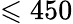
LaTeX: \leqslant 450